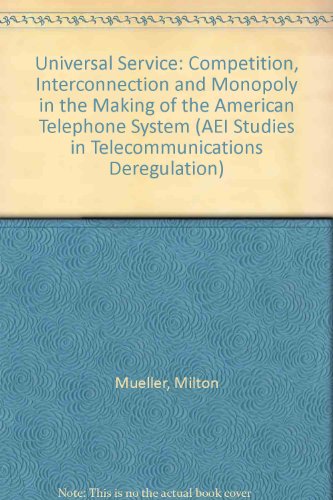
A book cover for Universal Service: Competition, Interconnection, and Monopoly in the Making of the American Telephone System (AEI Studies in Telecommunications Deregulation); Milton L. Mueller; Law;